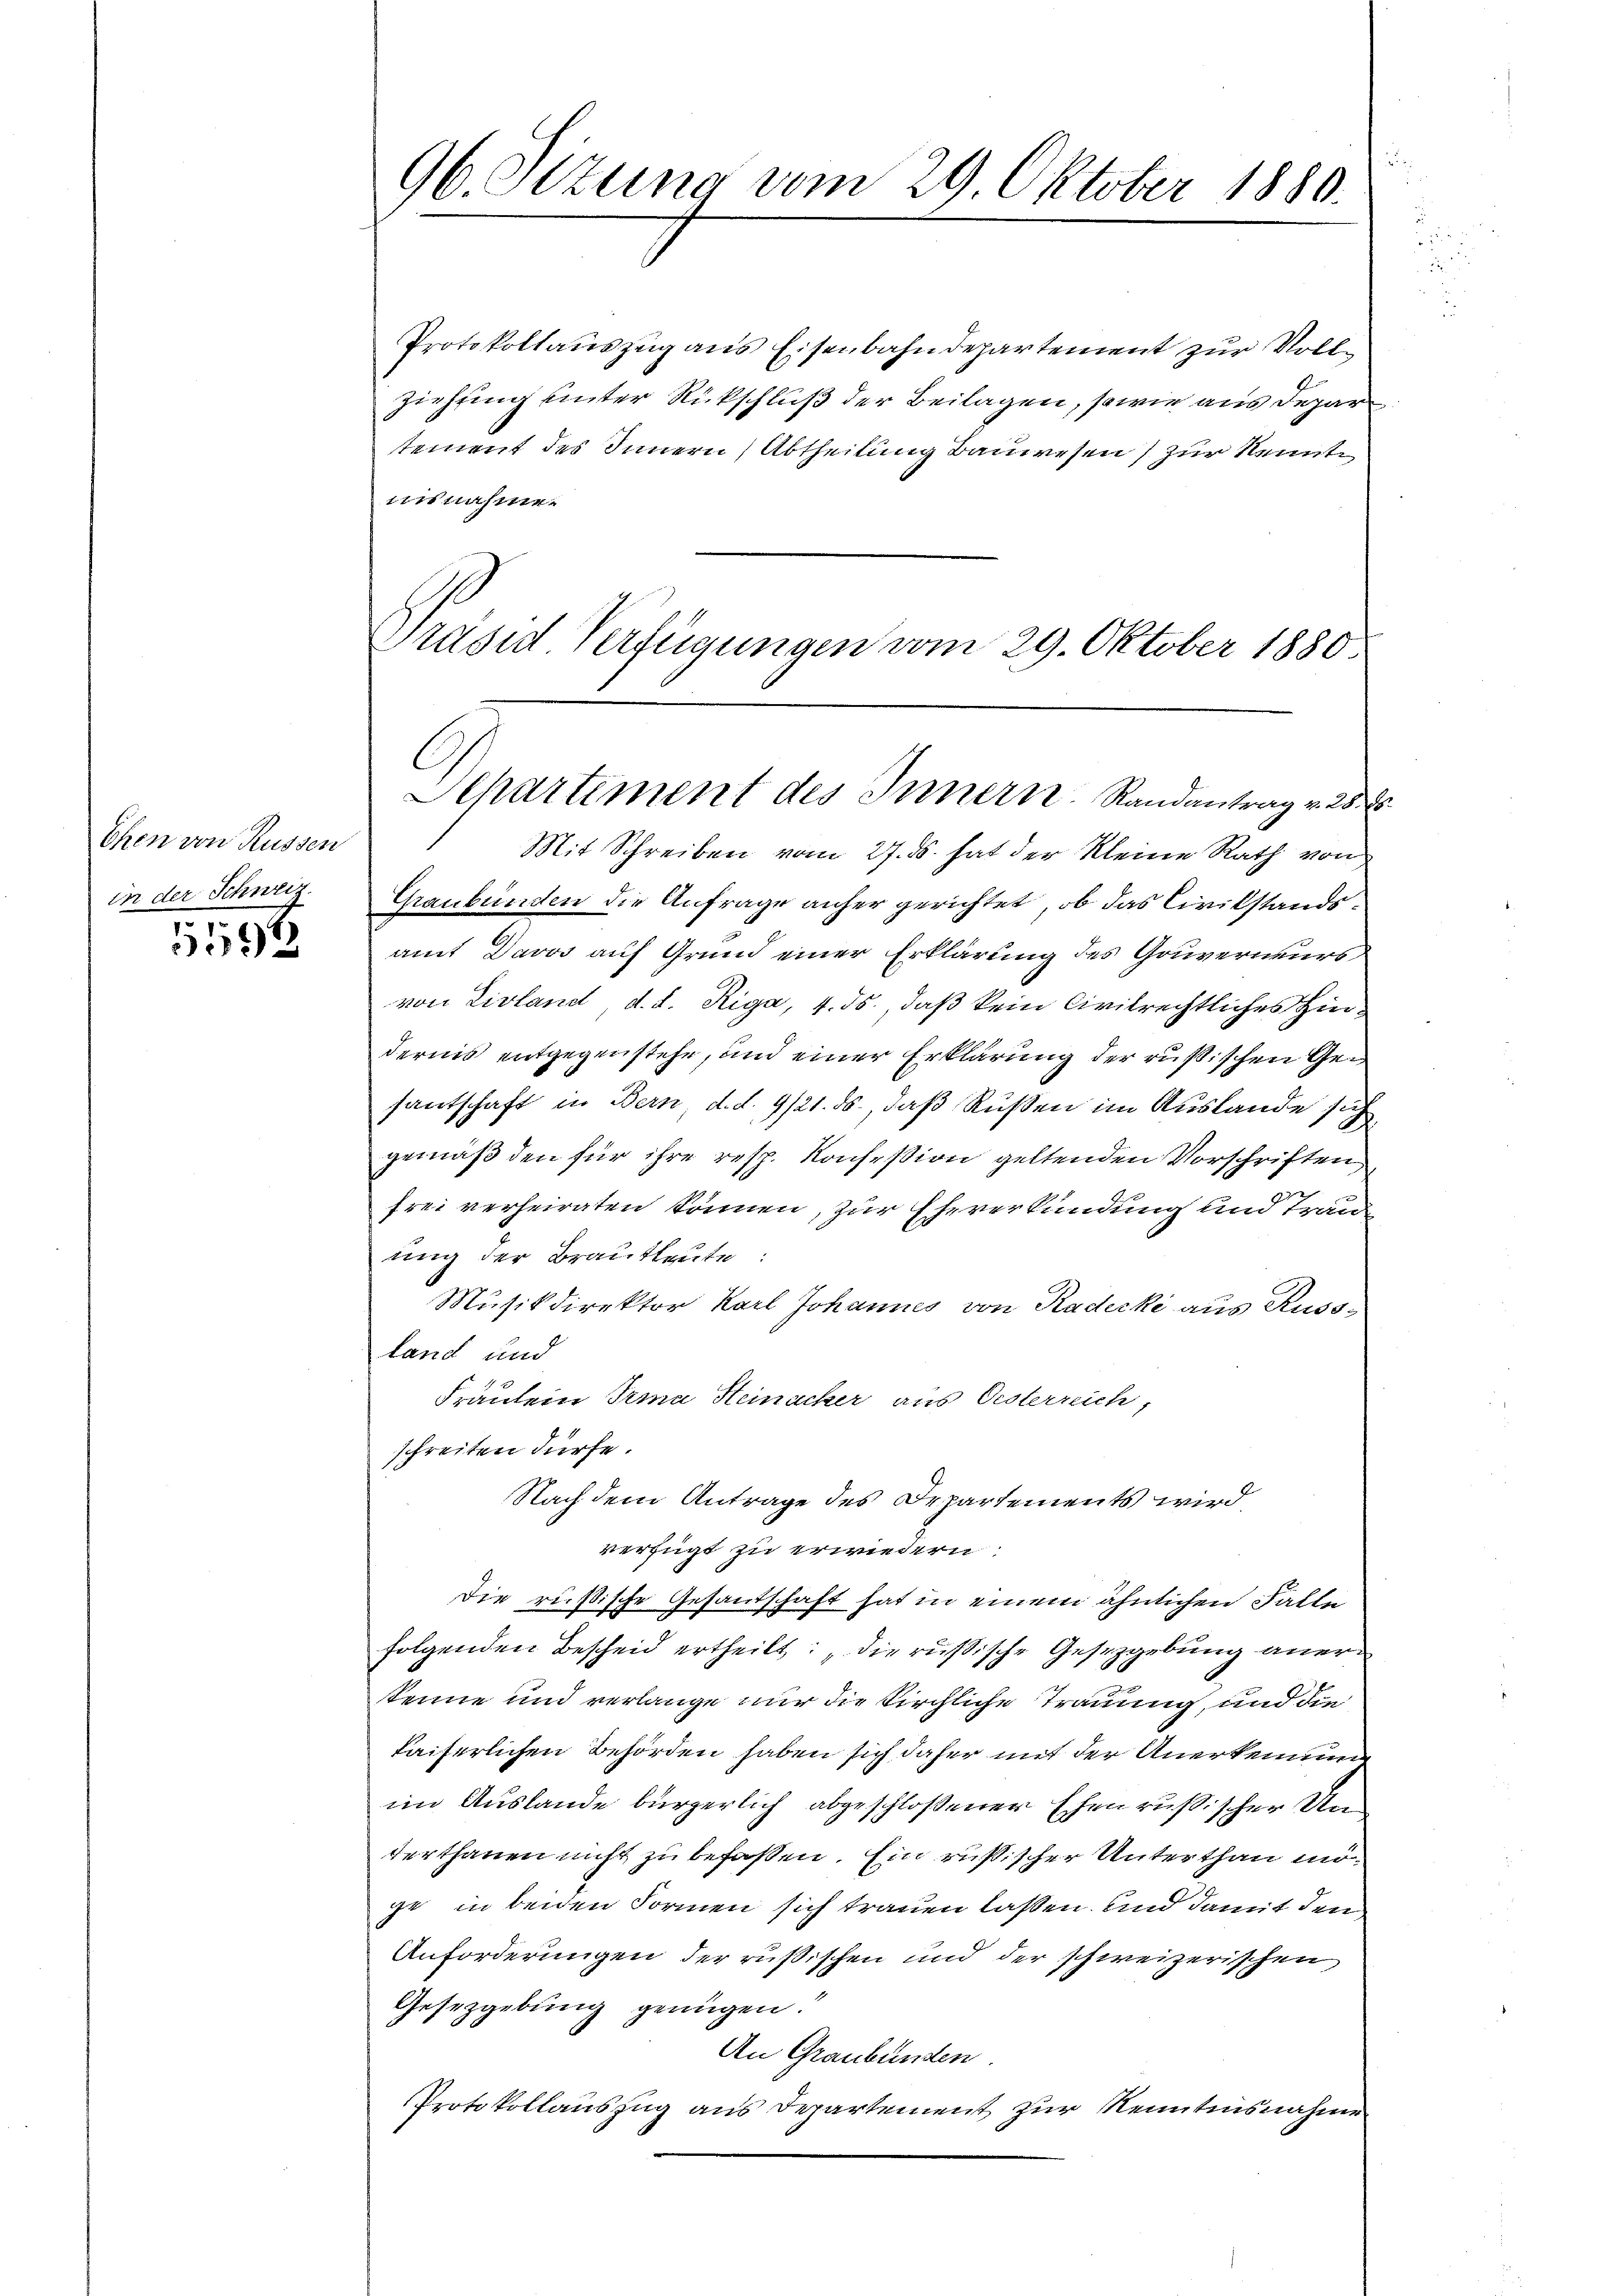
Ehen von Küssen
in der Schweiz.

555

96. Sitzung vom 29 Oktober 1880.

Protokollauszug aus Eisenbahndepartement zur Voll¬
Ziehung unter Rückschluß der Beilagen, sowie aus depar
tement des Innern, Abtheilung Bauwesen) zur Kennte
ausnahme.
Präsid Verfügungen vom 29. Oktober 1880
Mit Schreiben vom 27. ds. hat der Kleine Rath von
Graubünden die Anfrage anher gerichtet, ob das Civilstandsamt Davos auf Grund einer Erklärung des Gouverneurs
von Livland, d. d. Riga, 4. ds., daß kein Civilrechtliches Hindernis entgegenstehe, und einer Erklärung der rußischen Gesantschaft in Bern, d. d. 9/21. ds., daß Rußen im Auslande sich
gemäß den für ihre resp. Konsession geltenden Vorschriften,
frei verheiraten können, zur Eheverkündung und Trau
ung der Brautleute:
Musikdirektor Karl Johannes von Kadecki aus Russland und
Fräulein Irma Heinacker aus Osterreich,
schreiten dürfe.
Nach dem Antrage des Departements wird
verfügt zu erwiedern:
Die rüßische Gesandschaft hat in einem ähnlichen Falle
folgenden Bescheid ertheilt: „die rußische Gesetzgebung aner
steine und verlange nur die Kirchliche Trauung, und die
kaiserlichen Behörden haben sich daher mit der Anerkennun
im Auslande bürgerlich abgeschloßener Ehen rußischer Unterthanen nicht zu befassen. Ein russischer Unterthan möit in beiden Formen sich trauen laßen, und damit den
Anforderungen der rußischen und der schweizerischen
Gesetzgebung genügen.
An Graubünden.
Protokollauszug aus Departement zur Kenntnisnahme

C
Separtement des Innern Randantrag v. 25. d.